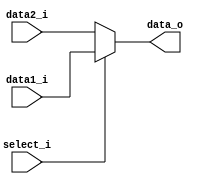
module MUX5(
	data1_i,	// inst[20:16]
	data2_i,	// inst[15:11]
	select_i,	// Control.RegDst_o
	data_o		// Registers.RDaddr_i
);

input	[4:0]	data1_i;
input	[4:0]	data2_i;
input		select_i;
output	[4:0]	data_o;

reg 	[4:0]	tmpData_O;
assign	data_o = tmpData_O;

always@(*) begin
	if (select_i) begin
		tmpData_O = data1_i;
	end
	else begin
		tmpData_O = data2_i;
	end
end

endmodule